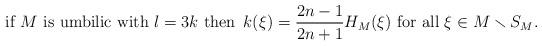
LaTeX: \begin{align*}\mbox{if $M$ is umbilic with $l=3k$ then }\,k(\xi)= \frac{2n-1}{2n+1} H_M(\xi)\mbox{ for all }\xi\in M\smallsetminus S_M.\end{align*}